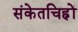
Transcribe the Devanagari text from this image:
संकेतचिह्नों